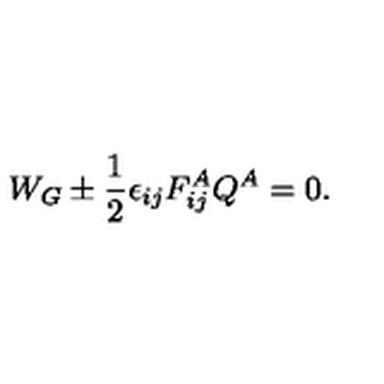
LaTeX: W _ { G } \pm \frac { 1 } { 2 } \epsilon _ { i j } F _ { i j } ^ { A } Q ^ { A } = 0 .